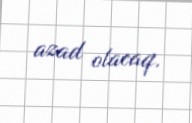
azad olacaq.